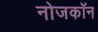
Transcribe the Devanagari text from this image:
नोजकाॅन